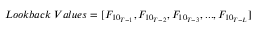
L o o k b a c k \; V a l u e s = [ F _ { { 1 0 } _ { T - 1 } } , F _ { { 1 0 } _ { T - 2 } } , F _ { { 1 0 } _ { T - 3 } } , . . . , F _ { { 1 0 } _ { T - L } } ]